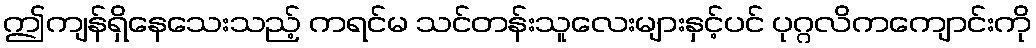
ဤကျန်ရှိနေသေးသည့် ကရင်မ သင်တန်းသူလေးများနှင့်ပင် ပုဂ္ဂလိကကျောင်းကို